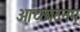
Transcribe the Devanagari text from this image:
आच्छादनम्‌